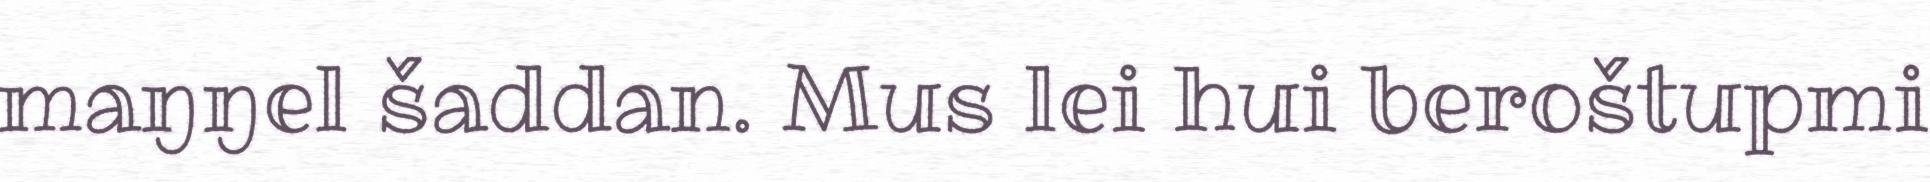
maŋŋel šaddan. Mus lei hui beroštupmi